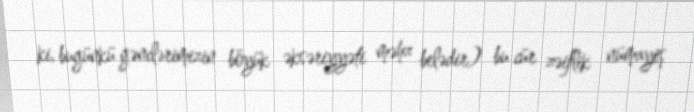
ki, bugünkü gənclərimizin böyük əksəriyyəti məhz belədir) bu cür zəiflik nümayiş